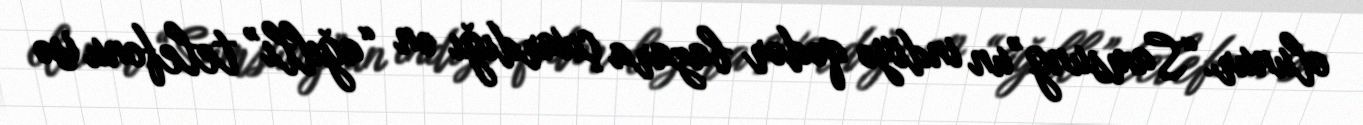
olunur.“Samsung”un indiyə qədər bazara çıxardığı ən “ağıllı” telefonu isə